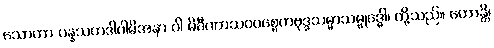
သောတာ ပန္နသကဒါဂါမိအနာ ဂါ မိခီဏာသဝပစ္စေကဗုဒ္ဓသမ္မာသမ္ဗုဒ္ဓေါ၊ တို့သည်။ ဟောန္တိ၊